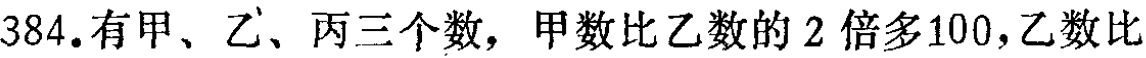
384.有甲、乙、丙三个数，甲数比乙数的 2 倍多100，乙数比